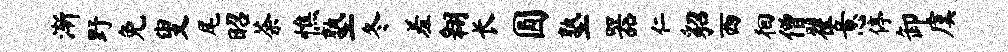
渐野免叟尾昭荼憔塾冬羞翱长圆塾器仁貂西徊僧翟意停卸虞